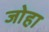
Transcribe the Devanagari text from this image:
जोहा